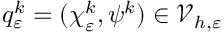
q _ { \varepsilon } ^ { k } = ( \boldsymbol { \chi } _ { \varepsilon } ^ { k } , \psi ^ { k } ) \in \mathcal { V } _ { h , \varepsilon }